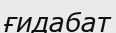
ғидабат